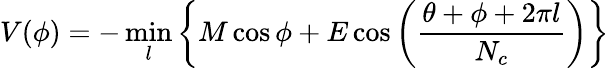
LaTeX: V(\phi)=-\operatorname*{min}_{l}\left\{ M\cos\phi+E\cos\left(\frac{\theta+\phi+2\pi l}{N_{c}}\right)\right\}